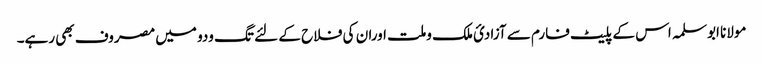
مولانا ابوسلمہ اس کے پلیٹ فارم سے آزادیٴ ملک وملت اوران کی فلاح کے لئے تگ ودو میں مصروف بھی رہے۔